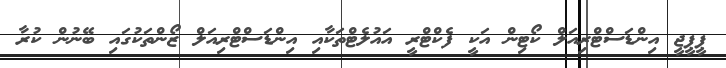
ޕީޕީޖީ އިންޑަސްޓްރިއަލް ކޯޓިން އަކީ ފެކްޓްރީ އައުލެޓްތަކާއި އިންޑަސްޓްރިއަލް ޒޯންތަކުގައި ބޭނުން ކުރާ